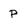
Character: P